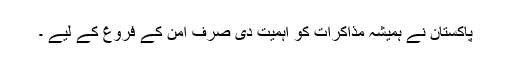
پاکستان نے ہمیشہ مذاکرات کو اہمیت دی صرف امن کے فروغ کے لیے ۔